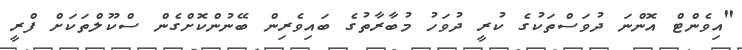
"އިވެންޓް އޮންނަ ދުވަސްތަކުގެ ކުރީ ދުވަހު މުބާރާތުގެ ބައިވެރިން ބޭނުންކޮށްގެން ސްކޫލްތަކަށް ފްރީ